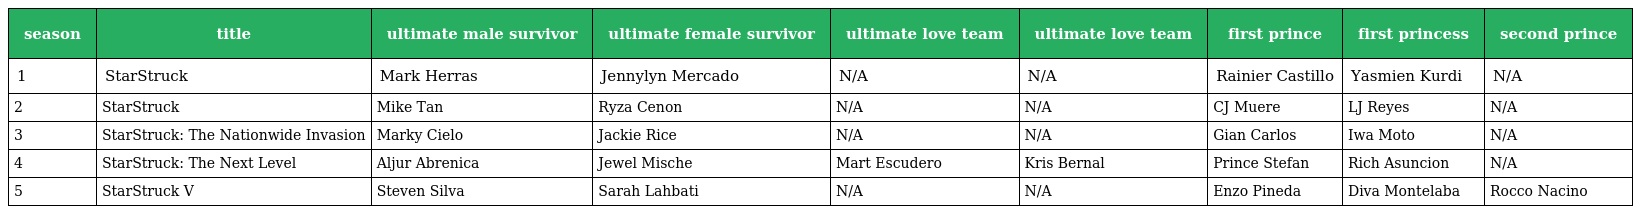
| season | title | ultimate male survivor | ultimate female survivor | ultimate love team | ultimate love team | first prince | first princess | second prince |
 | --- | --- | --- | --- | --- | --- | --- | --- | --- |
 | 1 | StarStruck | Mark Herras | Jennylyn Mercado | N/A | N/A | Rainier Castillo | Yasmien Kurdi | N/A |
 | 2 | StarStruck | Mike Tan | Ryza Cenon | N/A | N/A | CJ Muere | LJ Reyes | N/A |
 | 3 | StarStruck: The Nationwide Invasion | Marky Cielo | Jackie Rice | N/A | N/A | Gian Carlos | Iwa Moto | N/A |
 | 4 | StarStruck: The Next Level | Aljur Abrenica | Jewel Mische | Mart Escudero | Kris Bernal | Prince Stefan | Rich Asuncion | N/A |
 | 5 | StarStruck V | Steven Silva | Sarah Lahbati | N/A | N/A | Enzo Pineda | Diva Montelaba | Rocco Nacino |